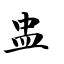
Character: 盅